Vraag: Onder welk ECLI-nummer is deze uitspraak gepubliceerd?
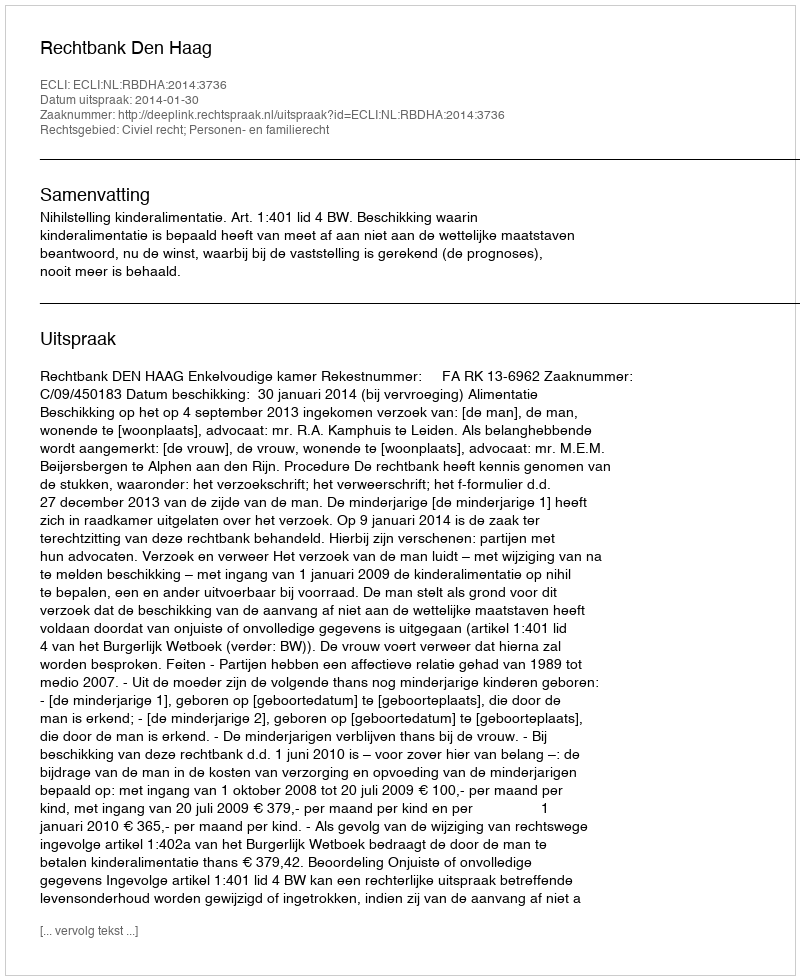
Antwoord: ECLI:NL:RBDHA:2014:3736